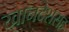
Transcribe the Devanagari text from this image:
खानदेशसह